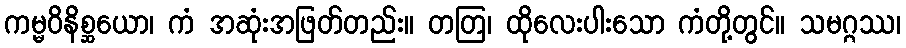
ကမ္မဝိနိစ္ဆယော၊ ကံ အဆုံးအဖြတ်တည်း။ တတြ၊ ထိုလေးပါးသော ကံတို့တွင်။ သမဂ္ဂဿ၊